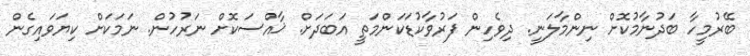
ބޭރުމީހާ ބަދުނާމުކޮށް ނިންމާލަނީ. ދިވެހިން ފަރުވާކުޑަކަންމަތީ އަބަަދަށް. ޚާއްސަކޮށް ނަރުހުން. ނަމަކަށް ކިޔަވައިގެން